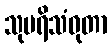
သုပရိသံဝုတာ